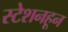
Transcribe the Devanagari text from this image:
स्टेशनहून